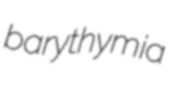
barythymia